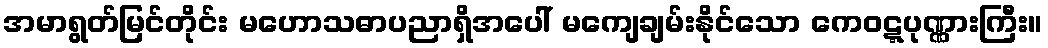
အမာရွတ်မြင်တိုင်း မဟောသဓာပညာရှိအပေါ် မကျေချမ်းနိုင်သော ကေဝဋ္ဋပုဏ္ဏားကြီး။